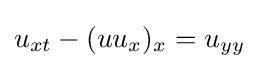
\displaystyle u_{xt}-(uu_{x})_{x}=u_{yy}